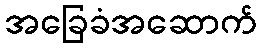
အခြေခံအဆောက်